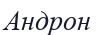
Андрон